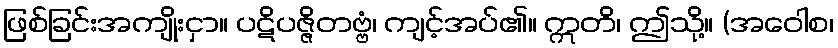
ဖြစ်ခြင်းအကျိုးငှာ။ ပဋိပဇ္ဇိတဗ္ဗံ၊ ကျင့်အပ်၏။ ဣတိ၊ ဤသို့။ (အဝေါစ၊